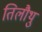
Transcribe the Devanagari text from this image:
तिलौथु